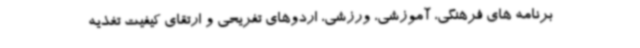
برنامه های فرهنگی، آموزشی، ورزشی، اردوهای تفریحی و ارتقای کیفیت تغذیه